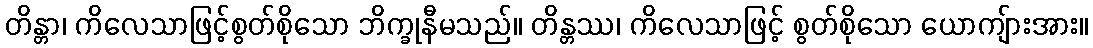
တိန္တာ၊ ကိလေသာဖြင့်စွတ်စိုသော ဘိက္ခုနီမသည်။ တိန္တဿ၊ ကိလေသာဖြင့် စွတ်စိုသော ယောကျ်ားအား။